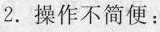
2.操作不简便：